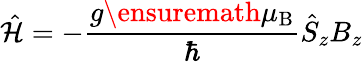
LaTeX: \hat{\cal H}=-\frac{g{\ensuremath{\mu_{\mathrm{B}}}}}{\hbar}\hat{S}_{z}B_{z}